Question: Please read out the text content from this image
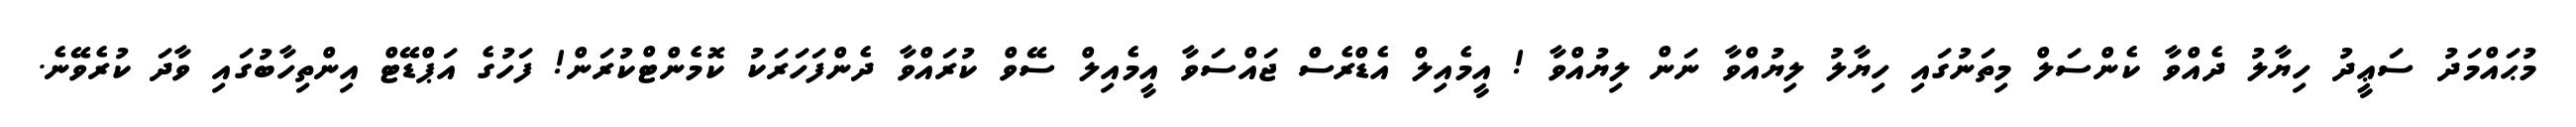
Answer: މުޙައްމަދު ސަޢީދު ހިޔާލު ދެއްވާ ކެންސަލް މިތަނުގައި ހިޔާލު ލިޔުއްވާ ނަން ލިޔުއްވާ ! އީމެއިލް އެޑްރެސް ޖައްސަވާ އީމެއިލް ސޭވް ކުރައްވާ ދެންފަހަރަކު ކޮމެންޓްކުރަން! ފަހުގެ އަޕްޑޭޓް އިންތިހާބުގައި ވާދަ ކުރެވޭނެ.